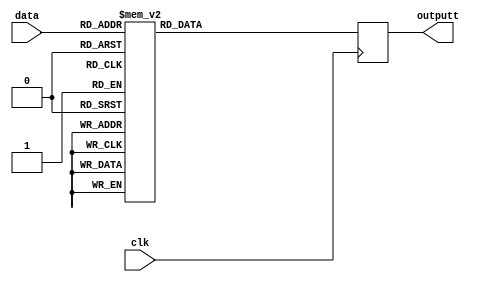
// this is a sample Verilog interface code to display a single hex digit
module Seven_Seg_Display_Out (
 output reg [7:0] outputt,
 input clk,
 input [3:0] data);
always @(negedge clk)
 begin
 case (data[3:0])
4'b0000 : outputt <= 8'b11000000;
4'b0001 : outputt <= 8'b11111001;
4'b0010 : outputt <= 8'b10100100;
4'b0011 : outputt <= 8'b10110000;
4'b0100 : outputt <= 8'b10011001;
4'b0101 : outputt <= 8'b10010010;
4'b0110 : outputt <= 8'b10000010;
4'b0111 : outputt <= 8'b11111000;
4'b1000 : outputt <= 8'b10000000;
4'b1001 : outputt <= 8'b10010000;
4'b1010 : outputt <= 8'b10001000;
4'b1011 : outputt <= 8'b10000011;
4'b1100 : outputt <= 8'b11000110;
4'b1101 : outputt <= 8'b10100001;
4'b1110 : outputt <= 8'b10000110;
4'b1111 : outputt <= 8'b10001110;
 endcase
 end
endmodule